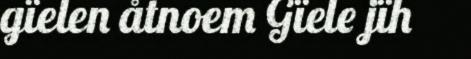
gïelen åtnoem Gïele jïh